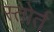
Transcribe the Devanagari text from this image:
स्तोर्त